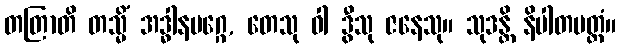
တတြာတိ တသ္မိံ အဒ္ဓါနမဂ္ဂေ, တေသု ဝါ ဒွီသု ဇနေသု။ သုဒန္တိ နိပါတမတ္တံ။